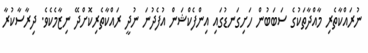
ނުރައްކާތެރި މާއްދާތަކުގެ ސަބަބުން ހަށިގަނޑުގައި އިންފެކްޝަން އުފެދުނަ ނުދީ ރައްކާތެރިކޮށްދޭ ނިޒާމެކެވެ. ދިރާސާކުރާ